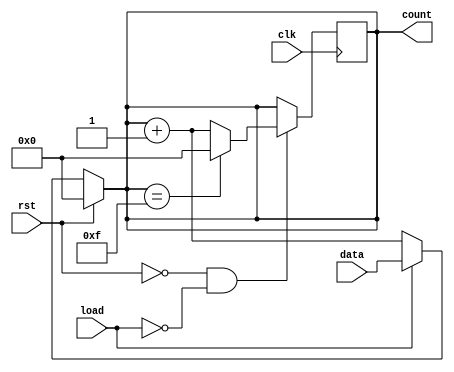
module async_load_counter #(
    parameter WIDTH = 4   // Define the width of the counter (e.g., 4 bits)
)(
    input wire clk,       // Clock signal
    input wire rst,       // Asynchronous reset
    input wire load,      // Asynchronous load signal
    input wire [WIDTH-1:0] data, // Preset value
    output reg [WIDTH-1:0] count  // Current count value
);

// Always block for asynchronous reset and load
always @(*) begin
    if (rst) begin
        count = 0; // Reset the count to 0
    end else if (load) begin
        count = data; // Load the preset value into the count
    end else begin
        // Increment the count on the rising edge of the clock
        count = count + 1;
    end
end

// Sequential logic for counting operation on clock edge
always @(posedge clk) begin
    if (!rst && !load) begin
        // Increment the counter and wrap around
        count <= (count == (1 << WIDTH) - 1) ? 0 : count + 1;
    end
end

endmodule